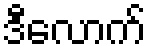
ဒီလောက်